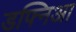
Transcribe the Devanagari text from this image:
डफ्निआ